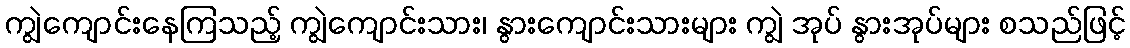
ကျွဲကျောင်းနေကြသည့် ကျွဲကျောင်းသား၊ နွားကျောင်းသားများ ကျွဲ အုပ် နွားအုပ်များ စသည်ဖြင့်